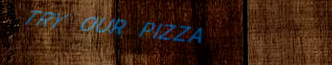
TRY OUR PIZZA